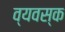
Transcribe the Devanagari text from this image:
व्यवस्क